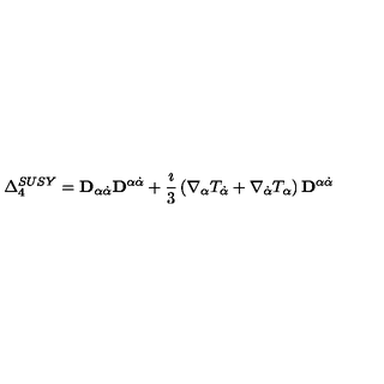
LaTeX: \Delta _ { 4 } ^ { S U S Y } = { \bf D } _ { \alpha \dot { \alpha } } { \bf D } ^ { \alpha \dot { \alpha } } + \frac { \imath } { 3 } \left( \nabla _ { \alpha } T _ { \dot { \alpha } } + \nabla _ { \dot { \alpha } } T _ { \alpha } \right) { \bf D } ^ { \alpha \dot { \alpha } }